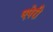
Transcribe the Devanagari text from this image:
एपेरी